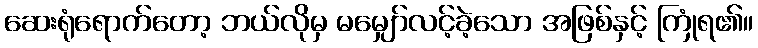
ဆေးရုံရောက်တော့ ဘယ်လိုမှ မမျှော်လင့်ခဲ့သော အဖြစ်နှင့် ကြုံရ၏။